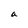
Character: a